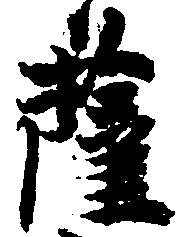
薩